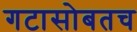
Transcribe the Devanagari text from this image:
गटासोबतच